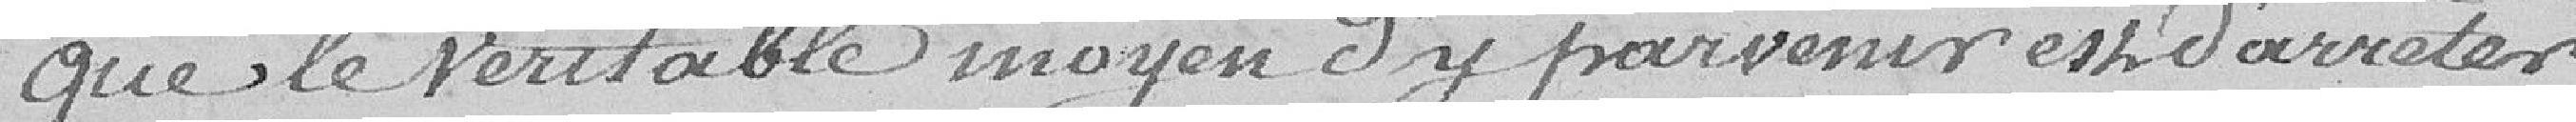
que le véritable moyen d'y parvenir est d'arrêter